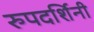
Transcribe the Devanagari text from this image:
रुपदर्शिनी